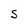
Character: S